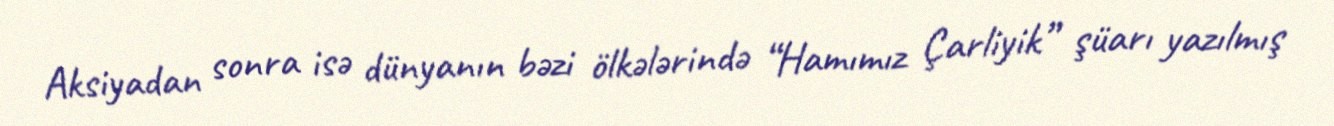
Aksiyadan sonra isə dünyanın bəzi ölkələrində “Hamımız Çarliyik” şüarı yazılmış